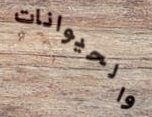
والحيوانات